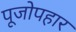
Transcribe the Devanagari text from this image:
पूजोपहार